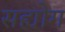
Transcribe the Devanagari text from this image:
सह्योग